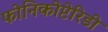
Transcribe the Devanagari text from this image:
फोनिकोप्टेरिडी